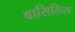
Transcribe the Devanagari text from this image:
वासिलिस